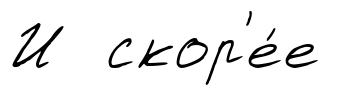
И скор'е́е